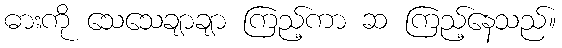
ဓားကို သေသေချာချာ ကြည့်ကာ ဆ ကြည့်နေသည်။